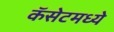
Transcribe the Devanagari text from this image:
कॅसेटमध्ये